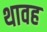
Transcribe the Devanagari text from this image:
थावह